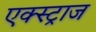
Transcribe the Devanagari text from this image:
एक्स्ट्राज